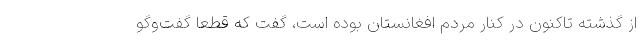
از گذشته تاکنون در کنار مردم افغانستان بوده است، گفت که قطعا گفت‌وگو